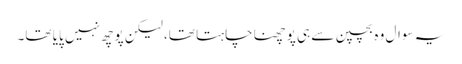
یہ سوال وہ بچپن سے ہی پوچھنا چاہتا تھا، لیکن پوچھ نہیں پایا تھا۔